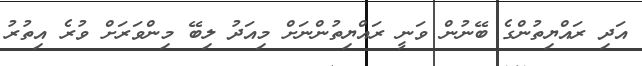
އަދި ރައްޔިތުންގެ ބޭނުން ވަނީ ރައްޔިތުންނަށް މިއަދު ލިބޭ މިންވަރަށް ވުރެ އިތުރު